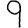
Digit: 9